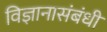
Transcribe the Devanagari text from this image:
विज्ञानासंबंधी